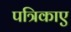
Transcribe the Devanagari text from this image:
पत्रिकाए